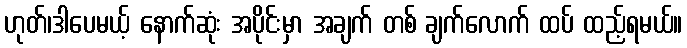
ဟုတ်၊ဒါပေမယ့် နောက်ဆုံး အပိုင်းမှာ အချက် တစ် ချက်လောက် ထပ် ထည့်ရမယ်။